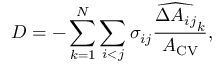
D = - \sum _ { k = 1 } ^ { N } \sum _ { i < j } \sigma _ { i j } \frac { \widehat { \Delta A _ { i j } } _ { k } } { A _ { \mathrm { { C V } } } } ,